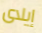
إيلاى